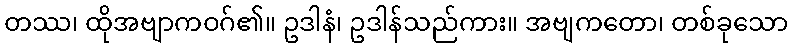
တဿ၊ ထိုအဗျာကဝဂ်၏။ ဥဒါနံ၊ ဥဒါန်သည်ကား။ အဗျကတော၊ တစ်ခုသော